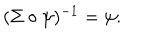
( \Sigma \circ \psi ) ^ { - 1 } = \psi .